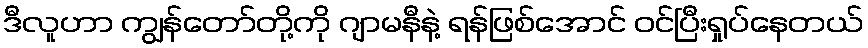
ဒီလူဟာ ကျွန်တော်တို့ကို ဂျာမနီနဲ့ ရန်ဖြစ်အောင် ဝင်ပြီးရှုပ်နေတယ်